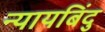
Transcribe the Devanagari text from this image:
न्यायबिंदु